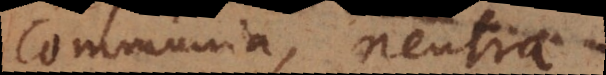
communia, neutra.